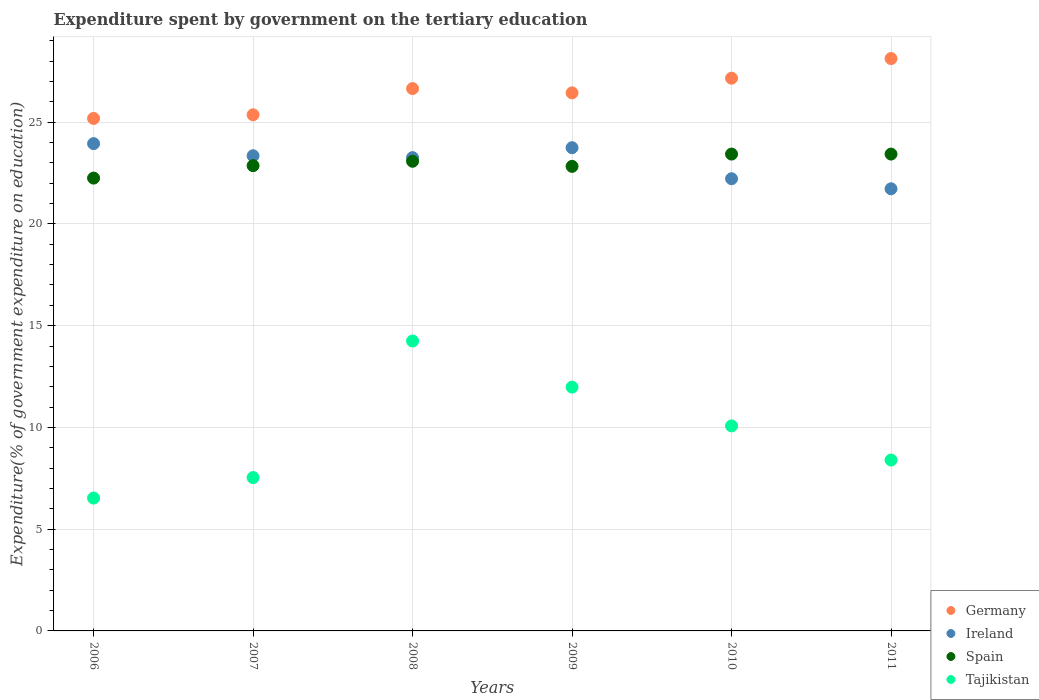
| Years | Germany | Ireland | Spain | Tajikistan |
 | --- | --- | --- | --- | --- |
 | 2006 | 25.2 | 23.9 | 22.3 | 6.53 |
 | 2007 | 25.4 | 23.4 | 22.9 | 7.54 |
 | 2008 | 26.7 | 23.3 | 23.1 | 14.2 |
 | 2009 | 26.4 | 23.7 | 22.8 | 12 |
 | 2010 | 27.2 | 22.2 | 23.4 | 10.1 |
 | 2011 | 28.1 | 21.7 | 23.4 | 8.4 |